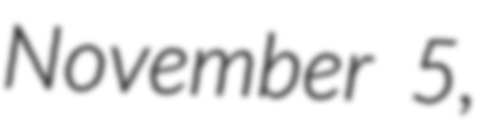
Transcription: November 5,